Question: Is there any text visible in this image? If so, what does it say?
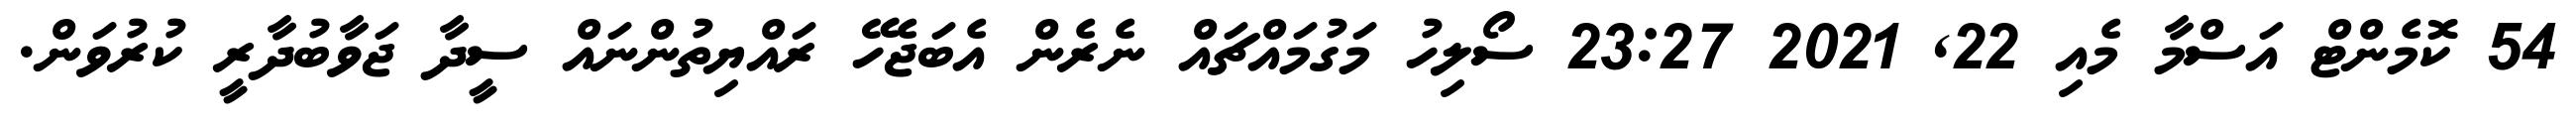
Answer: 54 ކޮމެންޓް އަސްމާ މެއި 22, 2021 23:27 ސޯލިހު މަގުމައްޗައް ނެރެން އެބަޖެހޭ ރައްޔިތުންނައް ސީދާ ޖަވާބުދާރީ ކުރުވަން.